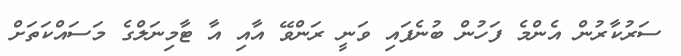
ސަރުކާރުން އެންމެ ފަހުން ބުނެފައި ވަނީ ރަންވޭ އާއި އާ ޓާމިނަލްގެ މަސައްކަތަށް